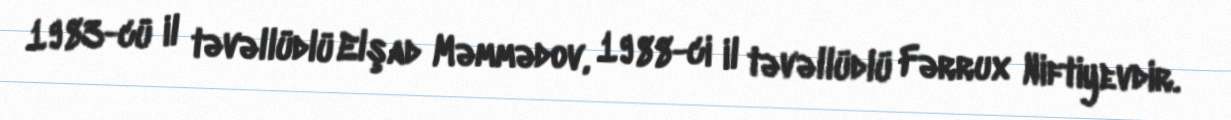
1983-cü il təvəllüdlü Elşad Məmmədov, 1988-ci il təvəllüdlü Fərrux Niftiyevdir.